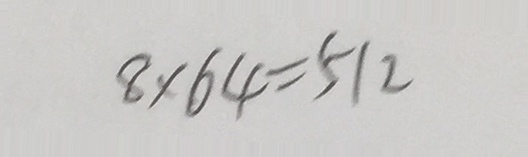
8 \times 6 4 = 5 1 2